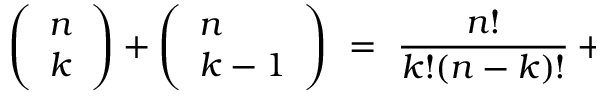
\begin{array} { r l r } { \lefteqn { \left( \begin{array} { l } { n } \\ { k } \end{array} \right) + \left( \begin{array} { l } { n } \\ { k - 1 } \end{array} \right) \ = \ \frac { n ! } { k ! ( n - k ) ! } + \frac { n ! } { ( k - 1 ) ! ( n - k + 1 ) ! } } } \end{array}